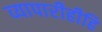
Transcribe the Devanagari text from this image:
व्यापारीहीहि